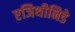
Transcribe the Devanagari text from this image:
एजिथीनिडे